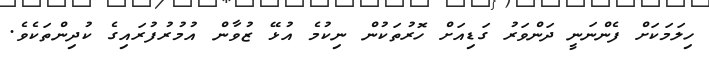
ހިލަމަކަށް ފެންނަނީ ދަންވަރު ގަޑިއަށް ހޮރުތަކުން ނިކުމެ އުޅޭ ޒުވާން އުމުރުފުރައިގެ ކުދިންތަކެވެ.